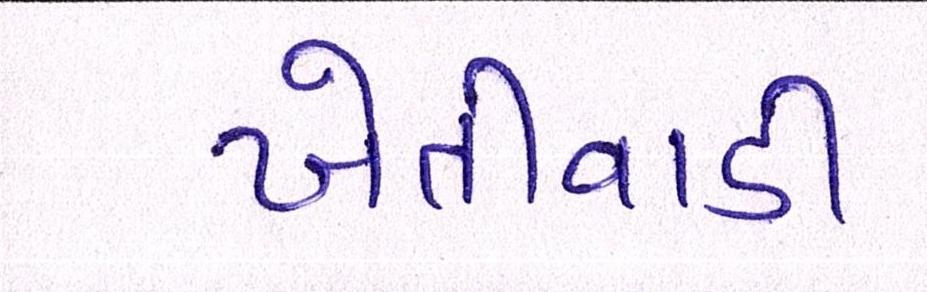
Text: ખેતીવાડી